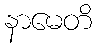
နာမေတိ